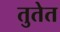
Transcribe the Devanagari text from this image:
तुतेत